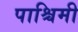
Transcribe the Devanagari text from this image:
पाश्चिमी